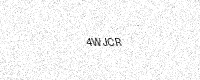
Text: 4WJCR